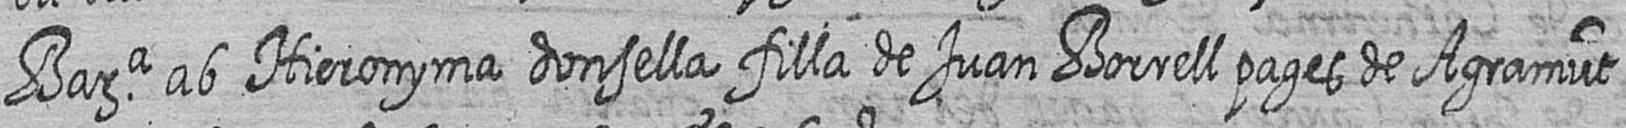
Bara ab Hieronyma donsella filla de Juan Borrell pages de Agramut